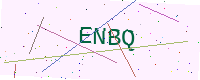
Text: ENBQ